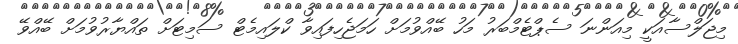
މިޖަލްސާއަކީ މިއަންނަ ސެޕްޓެމްބަރު މަހު ބޭއްވުމަށް ހަމަޖެހިފައިވާ ކްލައިމެޓް ސަމިޓަށް ތައްޔާރުވުމަށް ބޭއްވޭ